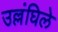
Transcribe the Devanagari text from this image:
उल्लंघिले